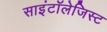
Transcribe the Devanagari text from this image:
साइंटॉलेजिस्ट